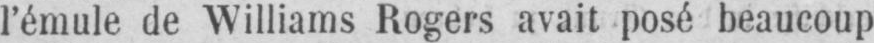
l’émule de Williams Rogers avait posé beaucoup